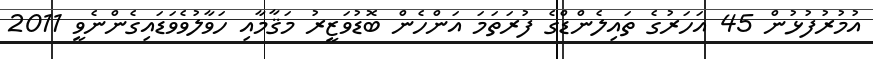
އުމުރުފުޅުން 45 އަހަރުގެ ތައިލެންޑްގެ ފުރަތަމަ އަންހެން ބޮޑުވަޒީރު މަޤާމާއި ހަވާލުވެވަޑައިގެންނެވީ 2011